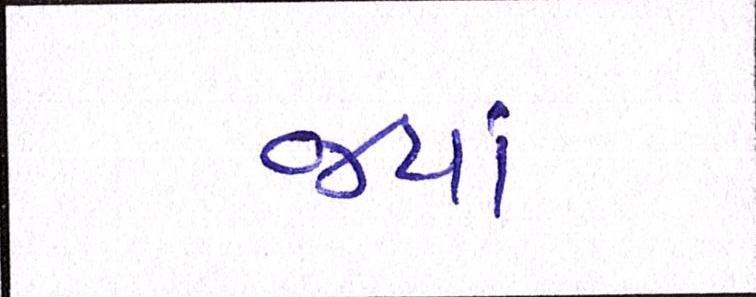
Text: જ્યાં